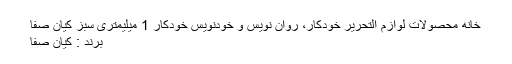
خانه محصولات لوازم التحریر خودکار، روان نویس و خودنویس خودکار 1 میلیمتری سبز کیان صفا
برند : کیان صفا